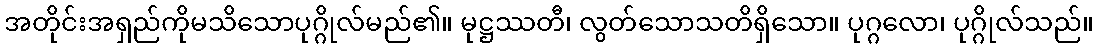
အတိုင်းအရှည်ကိုမသိသောပုဂ္ဂိုလ်မည်၏။ မုဋ္ဌဿတီ၊ လွတ်သောသတိရှိသော။ ပုဂ္ဂလော၊ ပုဂ္ဂိုလ်သည်။